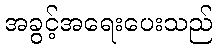
အခွင့်အရေးပေးသည်